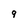
Character: 9